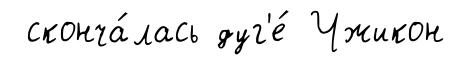
сконча́лась дуг'е́ Чжикон